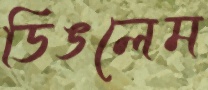
ডিঙলেম